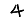
Digit: 4